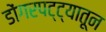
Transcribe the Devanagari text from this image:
डोंगरपट्ट्यातून